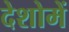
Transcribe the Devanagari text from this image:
देशोमें